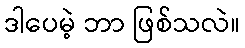
ဒါပေမဲ့ ဘာ ဖြစ်သလဲ။